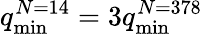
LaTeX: q_{\mathrm{min}}^{N=14}=3q_{\mathrm{min}}^{N=378}